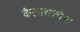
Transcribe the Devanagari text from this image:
कैलाशकोना